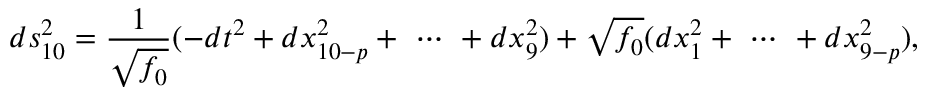
d s _ { 1 0 } ^ { 2 } = \frac { 1 } { \sqrt { f _ { 0 } } } ( - d t ^ { 2 } + d x _ { 1 0 - p } ^ { 2 } + \ \cdots \ + d x _ { 9 } ^ { 2 } ) + \sqrt { f _ { 0 } } ( d x _ { 1 } ^ { 2 } + \ \cdots \ + d x _ { 9 - p } ^ { 2 } ) ,